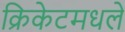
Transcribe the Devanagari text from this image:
क्रिकेटमधले